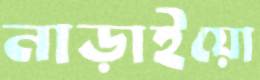
নাড়াইয়ো